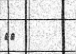
٧٣